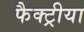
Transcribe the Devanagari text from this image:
फैक्ट्रीया